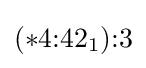
(*4{:}42_{1}){:}3